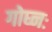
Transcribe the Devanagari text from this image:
गोघ्नः